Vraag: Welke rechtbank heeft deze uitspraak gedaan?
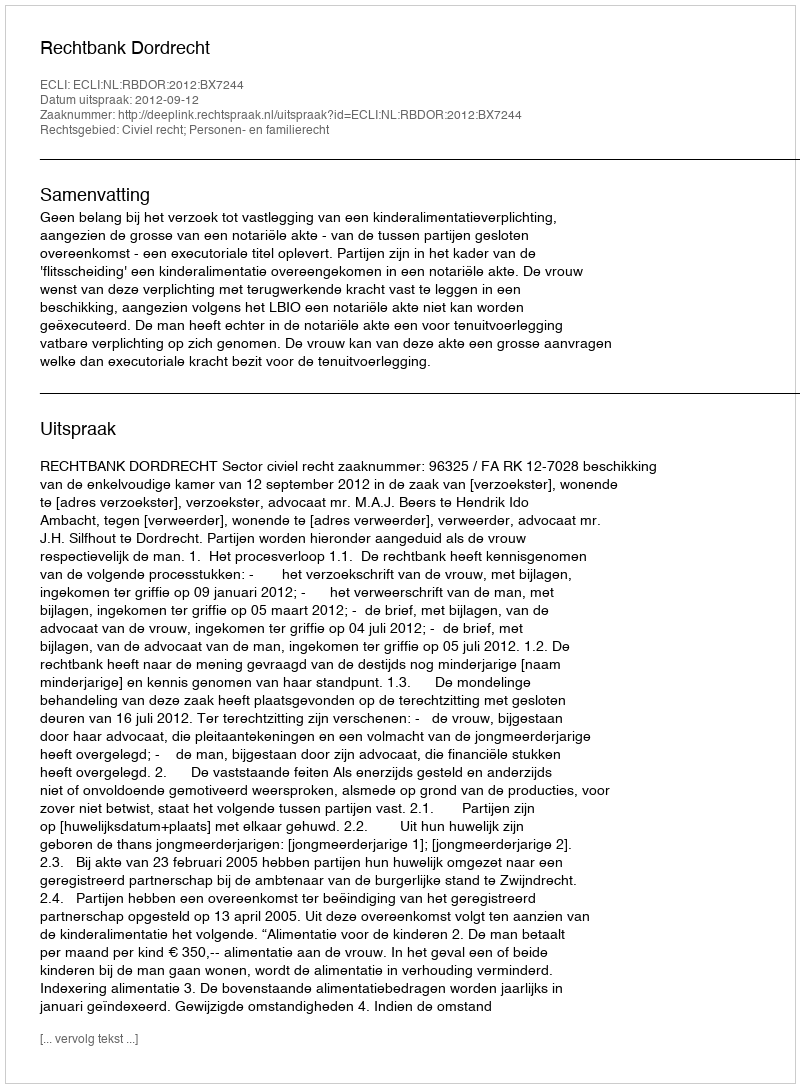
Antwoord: Rechtbank Dordrecht